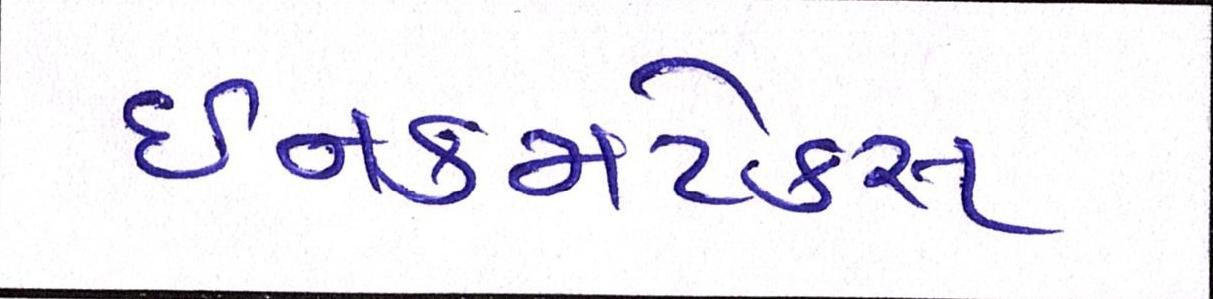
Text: ઈનકમટેક્સ